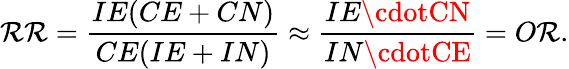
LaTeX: \mathcal{R}\mathcal{R}={\frac{{IE(CE+CN)}}{{CE(IE+IN)}}}\approx{\frac{{IE\cdotCN}}{{IN\cdotCE}}}=O\mathcal{R}.